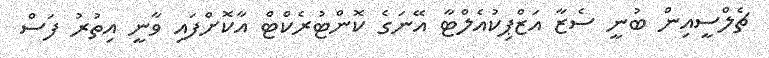
ޗެލްސީއިން ބުނީ ސެޒާ އަޒްޕިކުއެލްޓާ އޭނަގެ ކޮންޓުރެކްޓް އާކޮށްފައި ވާނީ އިތުރު ފަސް